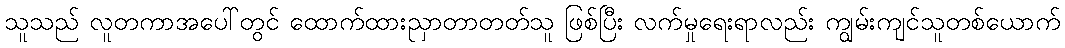
သူသည် လူတကာအပေါ်တွင် ထောက်ထားညှာတာတတ်သူ ဖြစ်ပြီး လက်မှုရေးရာလည်း ကျွမ်းကျင်သူတစ်ယောက်